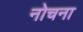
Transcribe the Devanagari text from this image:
नोचना